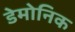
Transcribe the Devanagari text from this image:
डेमोनिक